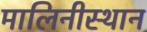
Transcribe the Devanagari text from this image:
मालिनीस्थान